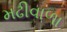
મઢીવાળા